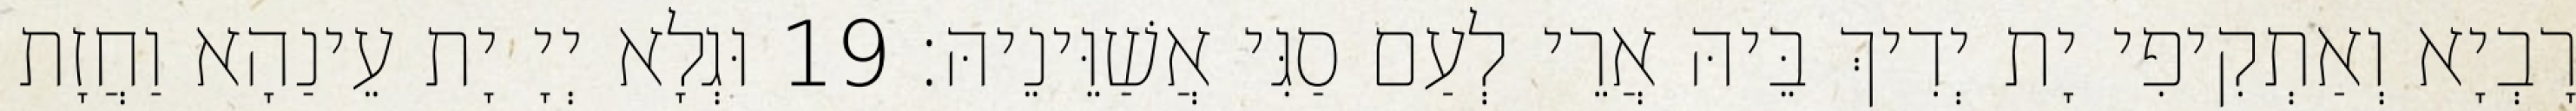
רָבְיָא וְאַתְקִיפִי יָת יְדִיךְ בֵּיהּ אֲרֵי לְעַם סַגִּי אֲשַׁוֵּינֵיהּ׃ 19 וּגְלָא יְיָ יָת עֵינַהָא וַחֲזָת